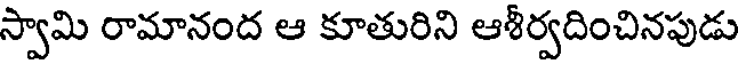
స్వామి రామానంద ఆ కూతురిని ఆశీర్వదించినపుడు